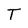
Character: T